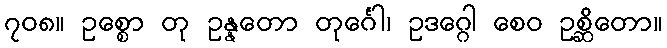
၇၀၈။ ဥစ္စော တု ဥန္နတော တုင်္ဂေါ၊ ဥဒဂ္ဂေါ စေဝ ဥစ္ဆိတော။